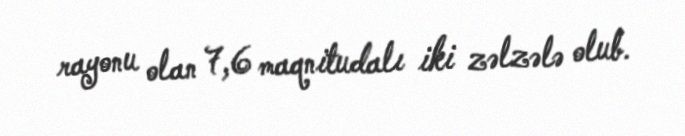
rayonu olan 7,6 maqnitudalı iki zəlzələ olub.